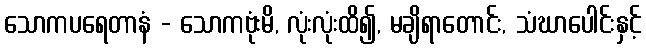
သောကပရေတာနံ - သောကဗုံးမိ, လုံးလုံးထိ၍, မချိရာတောင်း, သံဃာပေါင်းနှင့်